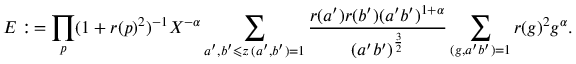
E : \, = \prod _ { p } ( 1 + r ( p ) ^ { 2 } ) ^ { - 1 } X ^ { - \alpha } \sum _ { \substack { a ^ { \prime } , b ^ { \prime } \leqslant z \, ( a ^ { \prime } , b ^ { \prime } ) = 1 } } \frac { r ( a ^ { \prime } ) r ( b ^ { \prime } ) ( a ^ { \prime } b ^ { \prime } ) ^ { 1 + \alpha } } { ( a ^ { \prime } b ^ { \prime } ) ^ { \frac { 3 } { 2 } } } \sum _ { ( g , a ^ { \prime } b ^ { \prime } ) = 1 } r ( g ) ^ { 2 } g ^ { \alpha } .